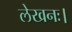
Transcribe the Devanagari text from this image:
लेखनः।